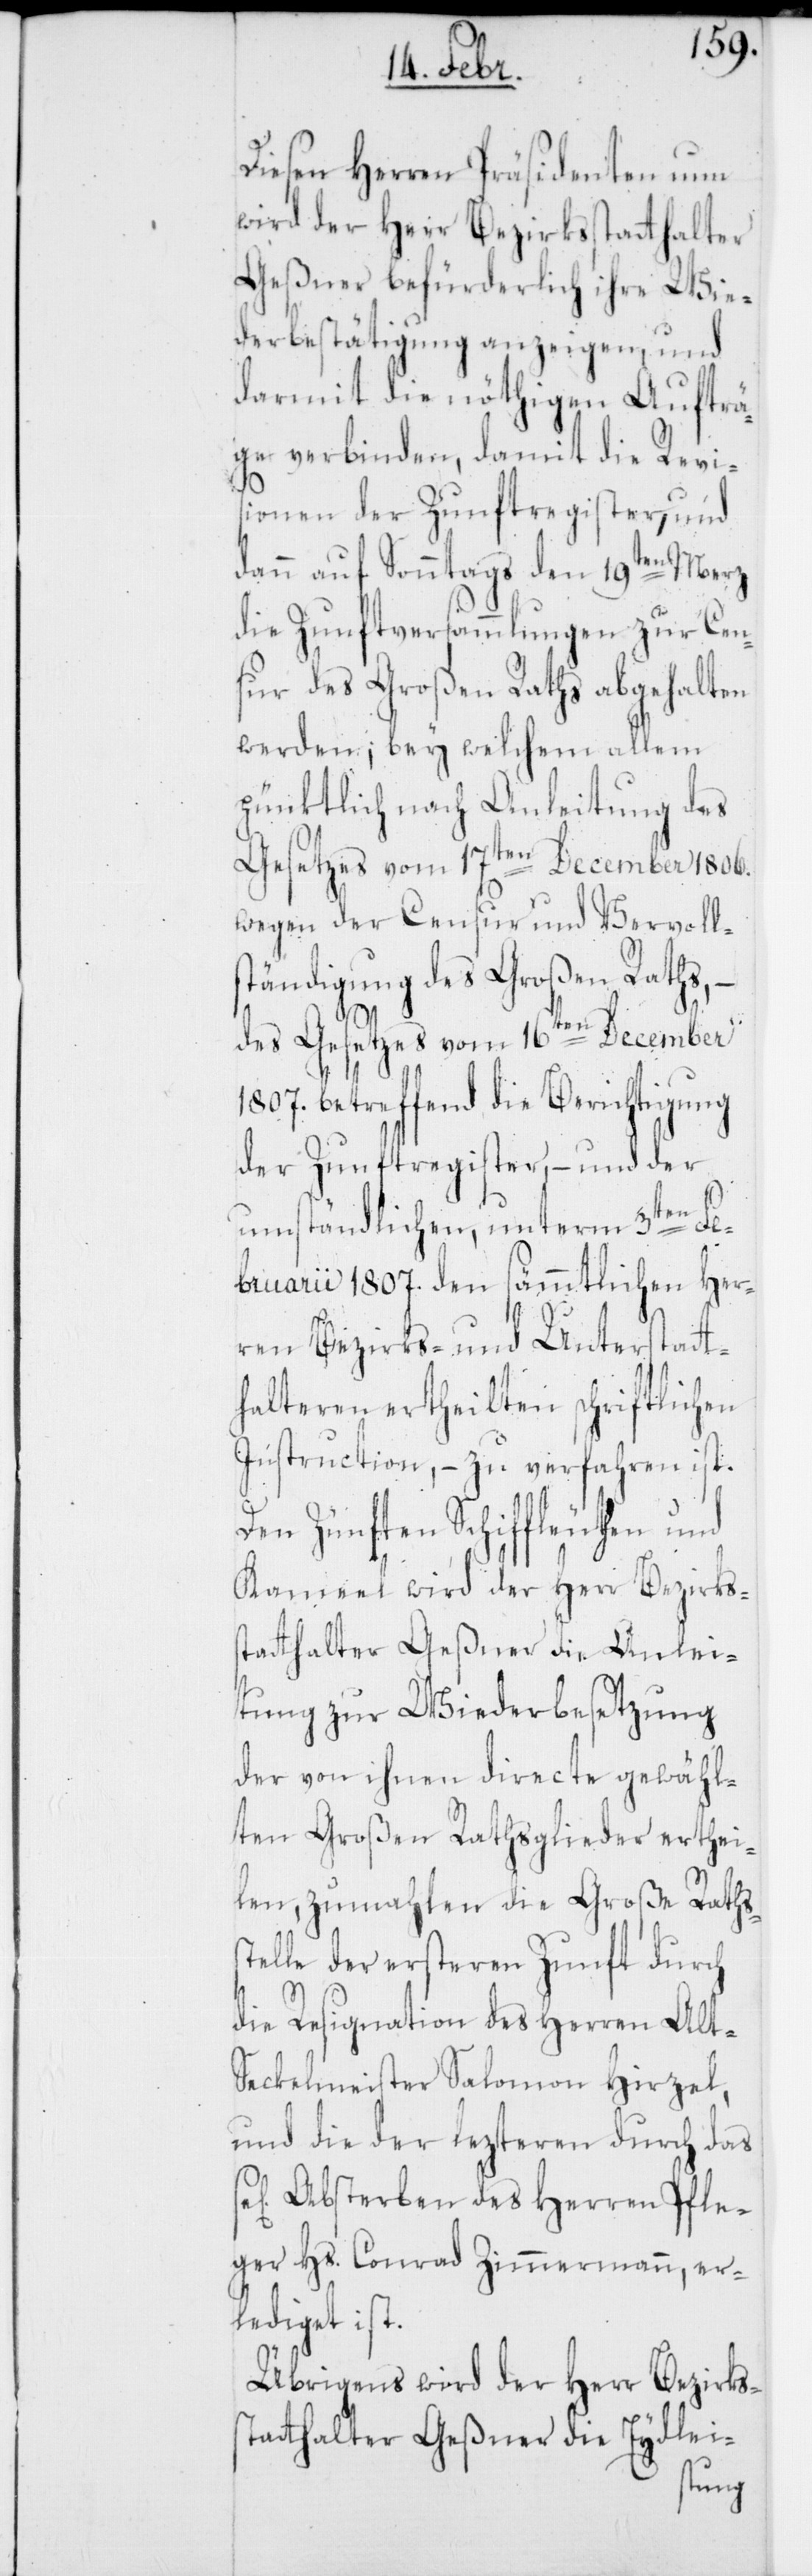
Diesen Herren Präsidenten nun
wird der Herr Bezirksstatthalter
Geßner befürderlich ihre Wie¬
derbestätigung anzeigen, und
darmit die nöthigen Aufträ¬
ge verbinden, damit die Revi¬
sionen der Zunftregister, und
s¬
dann auf Sonntags den 19ten Merz
die Zunftversammlungen zur Cen¬
sur des Großen Raths abgehalten
werden; bey welchem allem
pünktlich nach Anleitung des
Gesetzes vom 17ten December 1806.
wegen der Censur und Vervolls¬
tändigung des Großen Rats, –
des Gesetzes vom 16ten December
1807. betreffend, die Berichtigung
der Zunftregister, – und der
umständlichen, unterm 3ten Fe¬
bruarii 1807. den sämmtlichen Her¬
ren Bezirks- und Unterstatt¬
halteren ertheilten schriftlichen
Instruction, – zu verfahren ist.
Den Zünften Schiffleuten und
Kamel wird der Herr Bezirks¬
statthalter Geßner die Anlei¬
tung zu Wiederbesetzung
der von ihnen directe gewähl¬
ten Großen Rathsglieder erthei¬
len, zumahlen die Große Raths¬
telle der ersteren Zunft durch
die Resignation des Herren Alt-S¬
eckelmeister Salomon Hirzel,
und die der lezteren durch das
sel. Absterben des Herren Pfle¬
ger Hs. Conrad Zimmermann, er¬
lediget ist.
Übrigens wird der Herr Bezirkss¬
tatthalter Geßner die Eydlei-